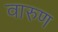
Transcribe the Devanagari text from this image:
वारुण